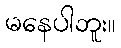
မနေပါဘူး။